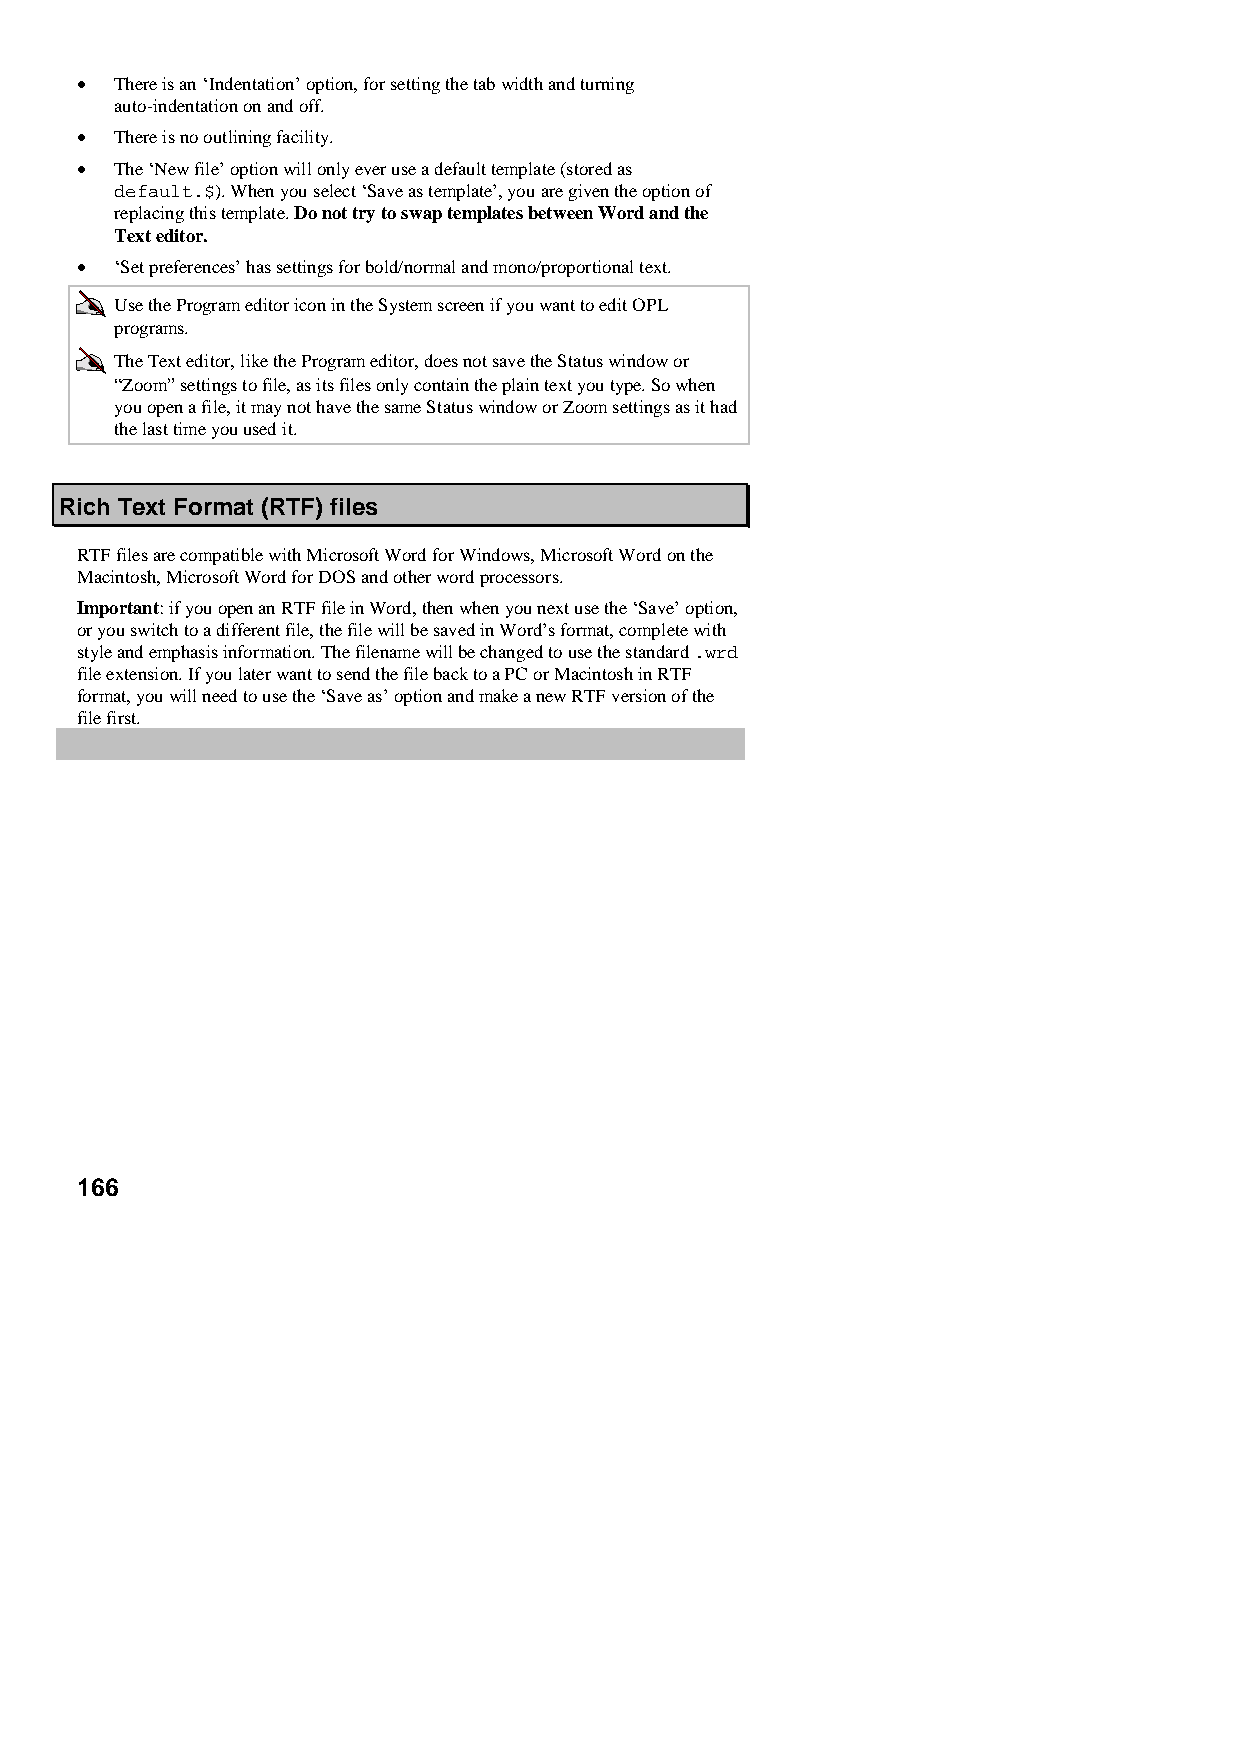
•  There is an ‘Indentation’ option, for setting the tab width and turning
 auto-indentation on and off.
 •  There is no outlining facility.
 •  The ‘New file’ option will only ever use a default template (stored as
 default.$). When you select ‘Save as template’, you are given the option of
 replacing this template. Do not try to swap templates between Word and the
 Text editor.
 •  ‘Set preferences’ has settings for bold/normal and mono/proportional text.
 Use the Program editor icon in the System screen if you want to edit OPL
 programs.
 The Text editor, like the Program editor, does not save the Status window or
 “Zoom” settings to file, as its files only contain the plain text you type. So when
 you open a file, it may not have the same Status window or Zoom settings as it had
 the last time you used it.
 Rich Text Format (RTF) files
 RTF files are compatible with Microsoft Word for Windows, Microsoft Word on the
 Macintosh, Microsoft Word for DOS and other word processors.
 Important: if you open an RTF file in Word, then when you next use the ‘Save’ option,
 or you switch to a different file, the file will be saved in Word’s format, complete with
 style and emphasis information. The filename will be changed to use the standard .wrd
 file extension. If you later want to send the file back to a PC or Macintosh in RTF
 format, you will need to use the ‘Save as’ option and make a new RTF version of the
 file first.
 166